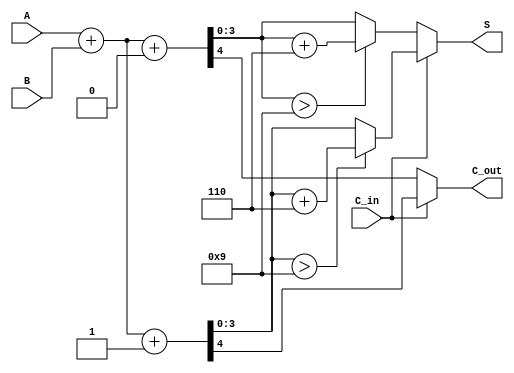
module BCD_Carry_Select_Adder (
    input [3:0] A,      // BCD digit A
    input [3:0] B,      // BCD digit B
    input C_in,         // Carry input
    output reg [3:0] S, // BCD sum output
    output reg C_out    // Carry output
);

// Define intermediate signals
wire [4:0] sum0;      // Sum with C_in = 0
wire [4:0] sum1;      // Sum with C_in = 1
wire carry0;          // Carry out with C_in = 0
wire carry1;          // Carry out with C_in = 1
wire [3:0] corrected_sum0; // Corrected sum for C_in = 0
wire [3:0] corrected_sum1; // Corrected sum for C_in = 1

// Compute initial sums and carries
assign sum0 = A + B + 1'b0; // Sum when C_in = 0
assign sum1 = A + B + 1'b1; // Sum when C_in = 1

// Carry out generation
assign carry0 = sum0[4]; // Carry out for C_in = 0
assign carry1 = sum1[4]; // Carry out for C_in = 1

// BCD correction logic
assign corrected_sum0 = (sum0[3:0] > 4'b1001) ? (sum0[3:0] + 4'b0110) : sum0[3:0];
assign corrected_sum1 = (sum1[3:0] > 4'b1001) ? (sum1[3:0] + 4'b0110) : sum1[3:0];

// Output selection based on C_in
always @(*) begin
    if (C_in) begin
        S = corrected_sum1;
        C_out = carry1;
    end else begin
        S = corrected_sum0;
        C_out = carry0;
    end
end

endmodule